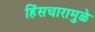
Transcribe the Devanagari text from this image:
हिंसचारामुळे